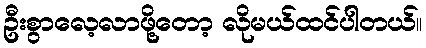
ဦးစွာလေ့လာဖို့တော့ လိုမယ်ထင်ပါတယ်။